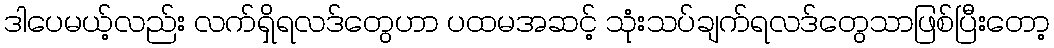
ဒါပေမယ့်လည်း လက်ရှိရလဒ်တွေဟာ ပထမအဆင့် သုံးသပ်ချက်ရလဒ်တွေသာဖြစ်ပြီးတော့